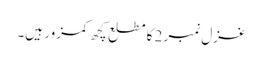
غزل نمبر 2 کا مطلع کچھ کمزور ہیں۔